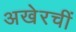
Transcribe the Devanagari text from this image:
अखेरचीं